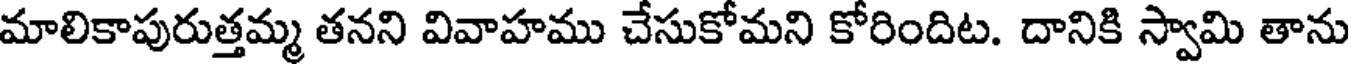
మాలికాపురుత్తమ్మ తనని వివాహము చేసుకోమని కోరిందిట. దానికి స్వామి తాను